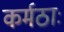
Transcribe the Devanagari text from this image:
कर्मठाः